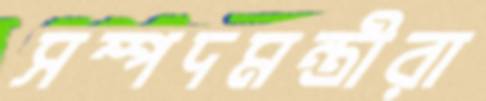
সম্পদমন্ত্রীরা